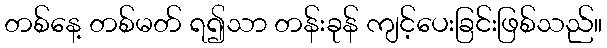
တစ်နေ့ တစ်မတ် ရ၍သာ တန်းခုန် ကျင့်ပေးခြင်းဖြစ်သည်။